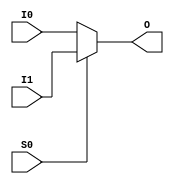
`ifdef verilator3
`else
`timescale 1 ps / 1 ps
`endif
//
// MUX2_MUX32 primitive for Gowin FPGAs
// Compatible with Verilator tool (www.veripool.org)
// Copyright (c) 2022 Frdric REQUIN
// License : BSD
//

module MUX2_MUX32
(
    input  I0,
    input  I1,
    input  S0,
    output O
);

    assign O = (S0) ? I1 : I0;

endmodule